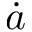
\dot { a }